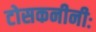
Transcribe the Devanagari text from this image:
टोसकनीनीः